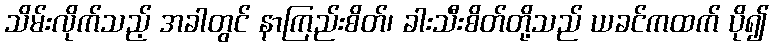
သိမ်းလိုက်သည့် အခါတွင် နာကြည်းစိတ်၊ ခါးသီးစိတ်တို့သည် ယခင်ကထက် ပို၍